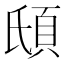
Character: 𩑥